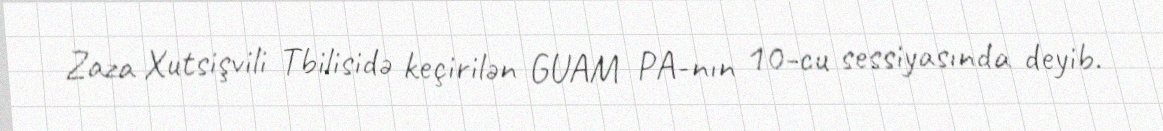
Zaza Xutsişvili Tbilisidə keçirilən GUAM PA-nın 10-cu sessiyasında deyib.